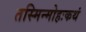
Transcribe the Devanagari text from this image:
तस्मिन्मोहःकथं